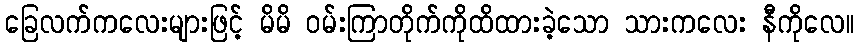
ခြေလက်ကလေးများဖြင့် မိမိ ဝမ်းကြာတိုက်ကိုထိထားခဲ့သော သားကလေး နီကိုလေ။